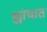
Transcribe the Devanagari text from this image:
ह्यांचात